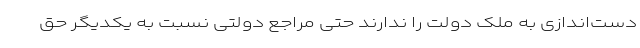
دست‌اندازی به ملک دولت را ندارند حتی مراجع دولتی نسبت به یکدیگر حق